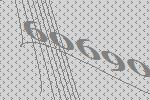
60690